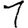
Digit: 1